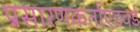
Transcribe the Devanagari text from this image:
प्रसारणकर्ताएडवर्ड